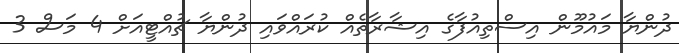
ދުންޔާ މައުމޫން އިސްތިއުފާގެ އިޝާރާތެއް ކުރައްވައި ދުންޔާ ޗުއްޓީއަށް 4 މަސް 3